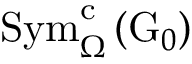
\mathrm { S y m } _ { \Omega } ^ { \mathrm { c } } \left( \mathrm { G } _ { 0 } \right)